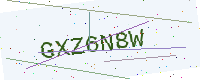
Text: GXZ6N8W